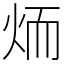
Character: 𦓒